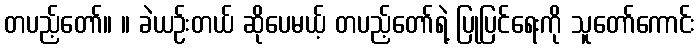
တပည့်တော်။ ။ ခဲယဉ်းတယ် ဆိုပေမယ့် တပည့်တော်ရဲ့ ပြုပြင်ရေးကို သူတော်ကောင်း